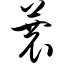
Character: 蓑